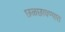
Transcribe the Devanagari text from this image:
छळछावण्यात